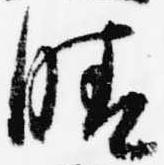
晴